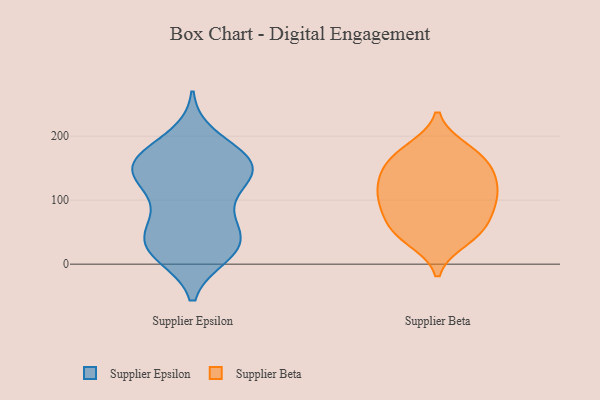
{"axis": {"x": "Headcount", "y": "Value"}, "legend": ["Supplier Beta", "Supplier Epsilon"], "data": [{"x": "", "y": 137, "type": "Supplier Epsilon"}, {"x": "", "y": 164, "type": "Supplier Epsilon"}, {"x": "", "y": 27, "type": "Supplier Epsilon"}, {"x": "", "y": 81, "type": "Supplier Epsilon"}, {"x": "", "y": 117, "type": "Supplier Epsilon"}, {"x": "", "y": 165, "type": "Supplier Epsilon"}, {"x": "", "y": 20, "type": "Supplier Epsilon"}, {"x": "", "y": 37, "type": "Supplier Epsilon"}, {"x": "", "y": 58, "type": "Supplier Epsilon"}, {"x": "", "y": 198, "type": "Supplier Epsilon"}, {"x": "", "y": 153, "type": "Supplier Epsilon"}, {"x": "", "y": 134, "type": "Supplier Epsilon"}, {"x": "", "y": 167, "type": "Supplier Epsilon"}, {"x": "", "y": 15, "type": "Supplier Epsilon"}, {"x": "", "y": 36, "type": "Supplier Epsilon"}, {"x": "", "y": 21, "type": "Supplier Epsilon"}, {"x": "", "y": 151, "type": "Supplier Epsilon"}, {"x": "", "y": 162, "type": "Supplier Epsilon"}, {"x": "", "y": 67, "type": "Supplier Epsilon"}, {"x": "", "y": 133, "type": "Supplier Epsilon"}, {"x": "", "y": 102, "type": "Supplier Beta"}, {"x": "", "y": 54, "type": "Supplier Beta"}, {"x": "", "y": 158, "type": "Supplier Beta"}, {"x": "", "y": 121, "type": "Supplier Beta"}, {"x": "", "y": 120, "type": "Supplier Beta"}, {"x": "", "y": 48, "type": "Supplier Beta"}, {"x": "", "y": 161, "type": "Supplier Beta"}, {"x": "", "y": 142, "type": "Supplier Beta"}, {"x": "", "y": 132, "type": "Supplier Beta"}, {"x": "", "y": 38, "type": "Supplier Beta"}, {"x": "", "y": 82, "type": "Supplier Beta"}, {"x": "", "y": 176, "type": "Supplier Beta"}, {"x": "", "y": 91, "type": "Supplier Beta"}, {"x": "", "y": 94, "type": "Supplier Beta"}, {"x": "", "y": 53, "type": "Supplier Beta"}, {"x": "", "y": 180, "type": "Supplier Beta"}]}